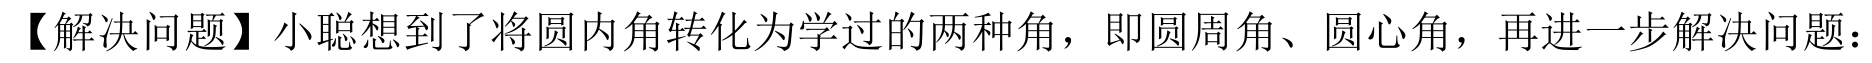
【解决问题】小聪想到了将圆内角转化为学过的两种角，即圆周角、圆心角，再进一步解决问题：